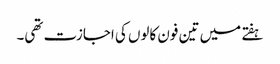
ہفتے میں تین فون کالوں کی اجازت تھی۔